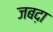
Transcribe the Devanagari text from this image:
जबद़ा